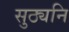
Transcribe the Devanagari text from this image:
सुठ्यनि